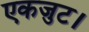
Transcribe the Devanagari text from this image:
एकजुट।